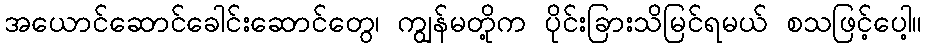
အယောင်ဆောင်ခေါင်းဆောင်တွေ၊ ကျွန်မတို့က ပိုင်းခြားသိမြင်ရမယ် စသဖြင့်ပေါ့။